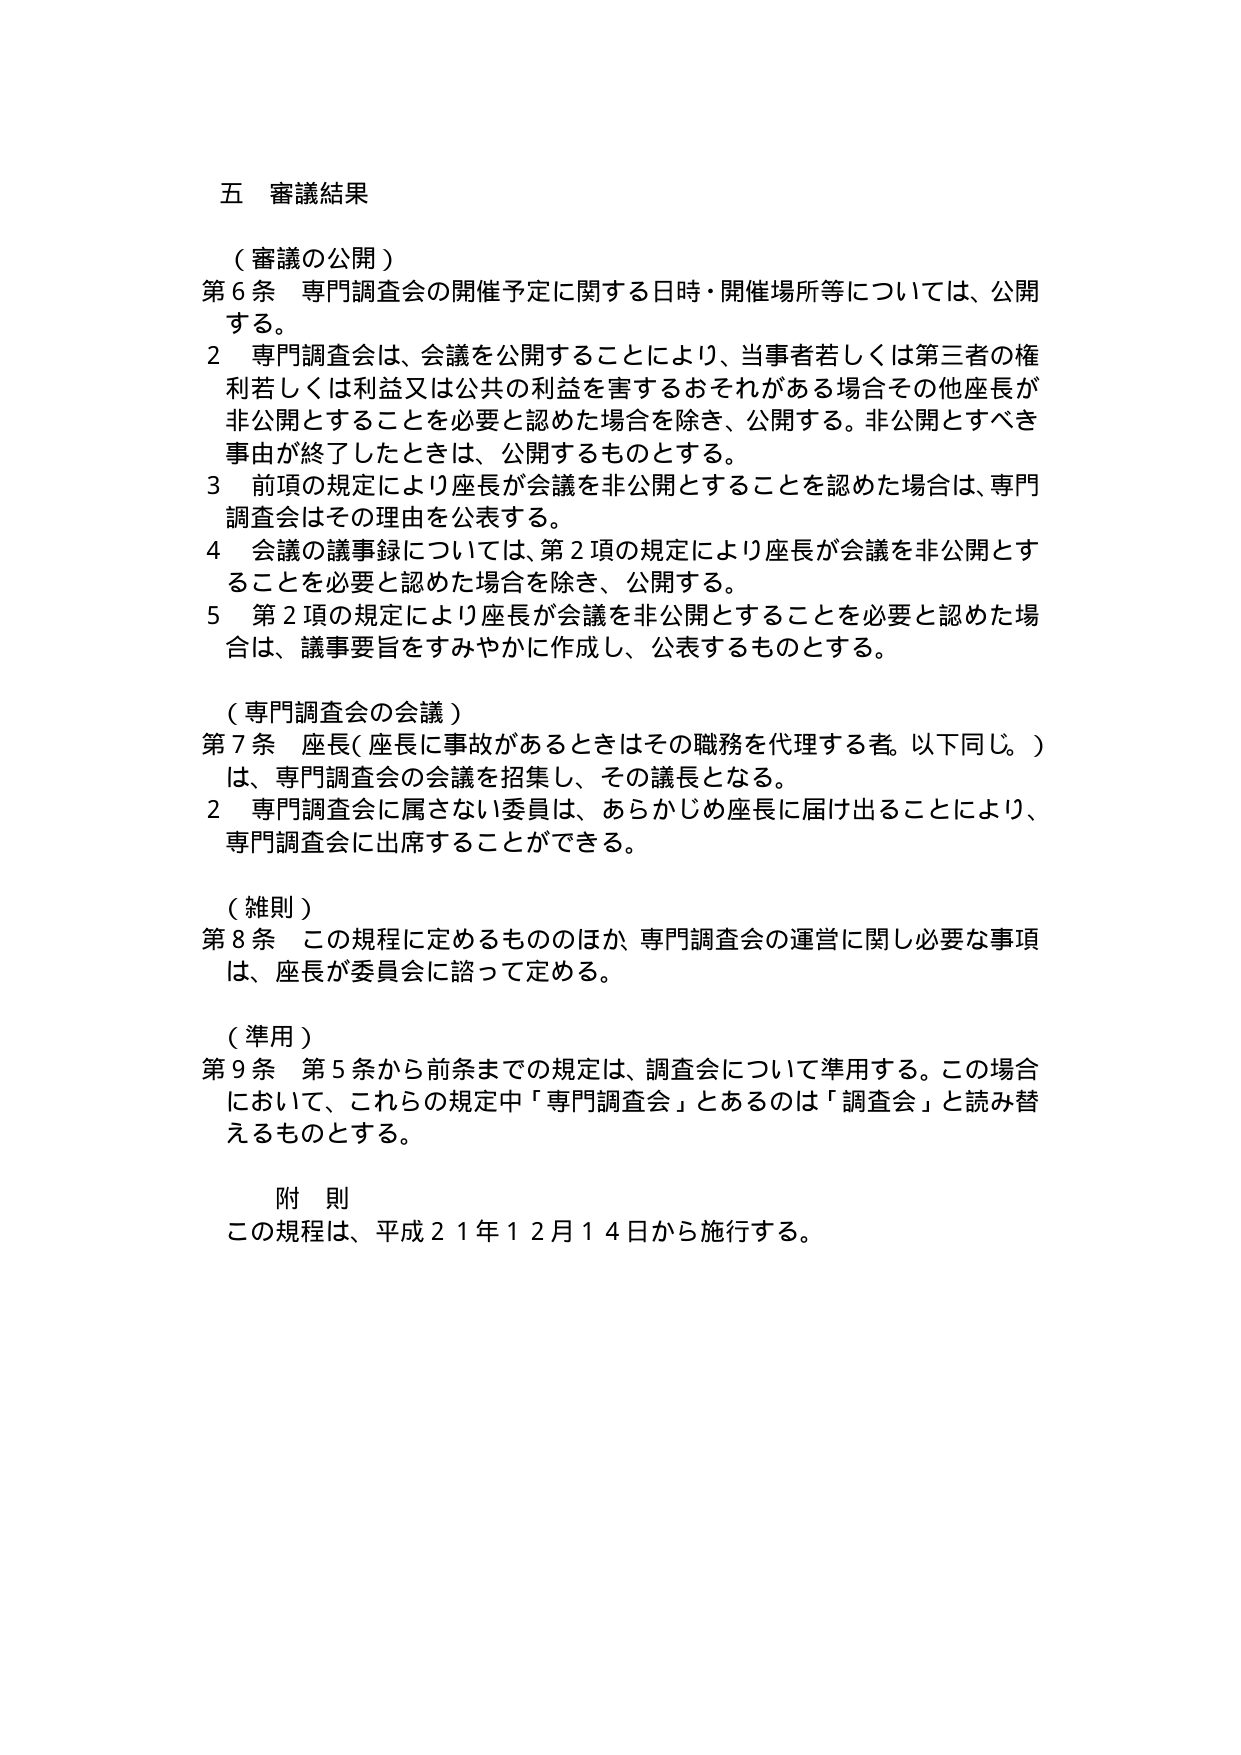
五 審議結果

（審議の公開）
第６条 専門調査会の開催予定に関する日時・開催場所等については、公開する。
２ 専門調査会は、会議を公開することにより、当事者若しくは第三者の権利若しくは利益又は公共の利益を害するおそれがある場合その他座長が非公開とすることを必要と認めた場合を除き、公開する。非公開とすべき事由が終了したときは、公開するものとする。
３ 前項の規定により座長が会議を非公開とすることを認めた場合は、専門調査会はその理由を公表する。
４ 会議の議事録については、第２項の規定により座長が会議を非公開とすることを必要と認めた場合を除き、公開する。
５ 第２項の規定により座長が会議を非公開とすることを必要と認めた場合は、議事要旨をすみやかに作成し、公表するものとする。

（専門調査会の会議）
第７条 座長（座長に事故があるときはその職務を代理する者。以下同じ。）は、専門調査会の会議を招集し、その議長となる。
２ 専門調査会に属さない委員は、あらかじめ座長に届け出ることにより、専門調査会に出席することができる。

（雑則）
第８条 この規程に定めるもののほか、専門調査会の運営に関し必要な事項は、座長が委員会に諮って定める。

（準用）
第９条 第５条から前条までの規定は、調査会について準用する。この場合において、これらの規定中「専門調査会」とあるのは「調査会」と読み替えるものとする。

附 則
この規程は、平成２１年１２月１４日から施行する。